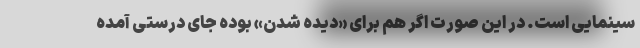
سینمایی است. در این صورت اگر هم برای «دیده شدن» بوده جای درستی آمده